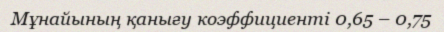
Мұнайының қанығу коэффициенті 0,65 – 0,75